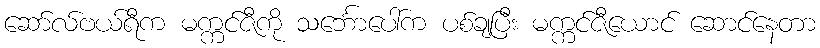
ဆော်လ်ဗယ်ရီက မက္ကင်ဇီကို သင်္ဘောပေါ်က ပစ်ချပြီး မက္ကင်ဇီယောင် ဆောင်နေတာ